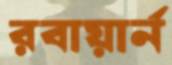
রবায়ার্ন